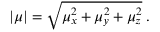
\begin{array} { r } { | \mu | = \sqrt { \mu _ { x } ^ { 2 } + \mu _ { y } ^ { 2 } + \mu _ { z } ^ { 2 } } \; . } \end{array}